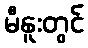
မီနူးတွင်